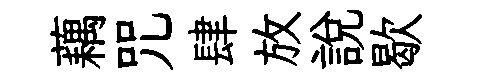
藕咒肆放說歇